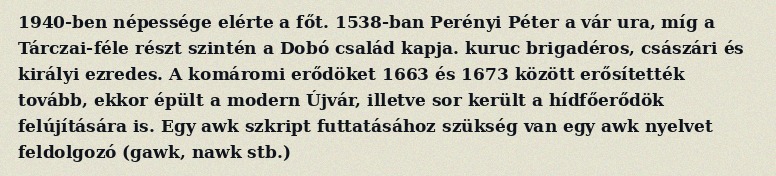
1940-ben népessége elérte a főt. 1538-ban Perényi Péter a vár ura, míg a Tárczai-féle részt szintén a Dobó család kapja. kuruc brigadéros, császári és királyi ezredes. A komáromi erődöket 1663 és 1673 között erősítették tovább, ekkor épült a modern Újvár, illetve sor került a hídfőerődök felújítására is. Egy awk szkript futtatásához szükség van egy awk nyelvet feldolgozó (gawk, nawk stb.)